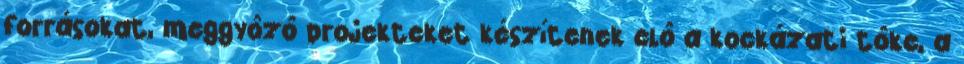
forrásokat, meggyôzô projekteket készítenek elô a kockázati tôke, a